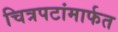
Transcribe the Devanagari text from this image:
चित्रपटांमार्फत